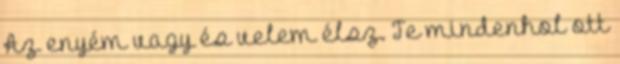
Az enyém vagy és velem élsz. Te mindenhol ott